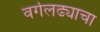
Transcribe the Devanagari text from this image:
वर्गलढ्याचा